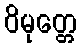
ဝိမုတ္တေ